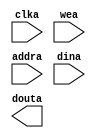
module dcache_mem(
	clka,
	wea,
	addra,
	dina,
	douta);


input clka;
input [0 : 0] wea;
input [6 : 0] addra;
input [31 : 0] dina;
output [31 : 0] douta;

// synthesis translate_off

      BLK_MEM_GEN_V3_1 #(
		.C_ADDRA_WIDTH(7),
		.C_ADDRB_WIDTH(7),
		.C_ALGORITHM(1),
		.C_BYTE_SIZE(9),
		.C_COMMON_CLK(0),
		.C_DEFAULT_DATA("0"),
		.C_DISABLE_WARN_BHV_COLL(0),
		.C_DISABLE_WARN_BHV_RANGE(0),
		.C_FAMILY("spartan3"),
		.C_HAS_ENA(0),
		.C_HAS_ENB(0),
		.C_HAS_INJECTERR(0),
		.C_HAS_MEM_OUTPUT_REGS_A(0),
		.C_HAS_MEM_OUTPUT_REGS_B(0),
		.C_HAS_MUX_OUTPUT_REGS_A(0),
		.C_HAS_MUX_OUTPUT_REGS_B(0),
		.C_HAS_REGCEA(0),
		.C_HAS_REGCEB(0),
		.C_HAS_RSTA(0),
		.C_HAS_RSTB(0),
		.C_INITA_VAL("0"),
		.C_INITB_VAL("0"),
		.C_INIT_FILE_NAME("no_coe_file_loaded"),
		.C_LOAD_INIT_FILE(0),
		.C_MEM_TYPE(0),
		.C_MUX_PIPELINE_STAGES(0),
		.C_PRIM_TYPE(1),
		.C_READ_DEPTH_A(128),
		.C_READ_DEPTH_B(128),
		.C_READ_WIDTH_A(32),
		.C_READ_WIDTH_B(32),
		.C_RSTRAM_A(0),
		.C_RSTRAM_B(0),
		.C_RST_PRIORITY_A("CE"),
		.C_RST_PRIORITY_B("CE"),
		.C_RST_TYPE("SYNC"),
		.C_SIM_COLLISION_CHECK("ALL"),
		.C_USE_BYTE_WEA(0),
		.C_USE_BYTE_WEB(0),
		.C_USE_DEFAULT_DATA(0),
		.C_USE_ECC(0),
		.C_WEA_WIDTH(1),
		.C_WEB_WIDTH(1),
		.C_WRITE_DEPTH_A(128),
		.C_WRITE_DEPTH_B(128),
		.C_WRITE_MODE_A("READ_FIRST"),
		.C_WRITE_MODE_B("WRITE_FIRST"),
		.C_WRITE_WIDTH_A(32),
		.C_WRITE_WIDTH_B(32),
		.C_XDEVICEFAMILY("spartan3e"))
	inst (
		.CLKA(clka),
		.WEA(wea),
		.ADDRA(addra),
		.DINA(dina),
		.DOUTA(douta),
		.RSTA(),
		.ENA(),
		.REGCEA(),
		.CLKB(),
		.RSTB(),
		.ENB(),
		.REGCEB(),
		.WEB(),
		.ADDRB(),
		.DINB(),
		.DOUTB(),
		.INJECTSBITERR(),
		.INJECTDBITERR(),
		.SBITERR(),
		.DBITERR(),
		.RDADDRECC());


// synthesis translate_on

endmodule